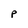
Character: P